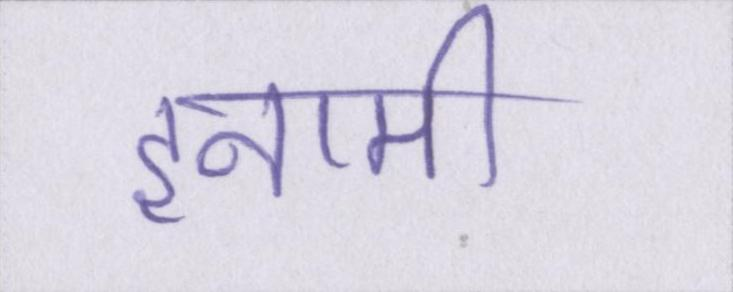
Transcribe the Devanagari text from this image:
इनामी